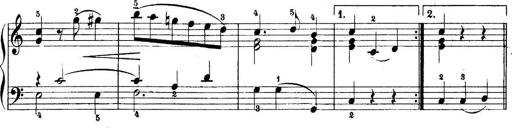
Title: 5 Sonatinas
Composer: Theodor Kirchner